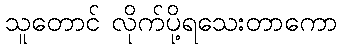
သူတောင် လိုက်ပို့ရသေးတာကော